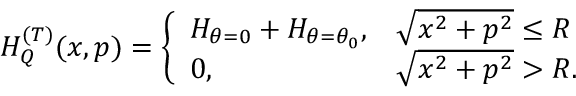
\begin{array} { r } { H _ { Q } ^ { ( T ) } ( x , p ) = \left\{ \begin{array} { l l } { H _ { \theta = 0 } + H _ { \theta = \theta _ { 0 } } , } & { \sqrt { x ^ { 2 } + p ^ { 2 } } \leq R } \\ { 0 , } & { \sqrt { x ^ { 2 } + p ^ { 2 } } > R . } \end{array} \right. } \end{array}